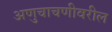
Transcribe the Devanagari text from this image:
अणुचाचणीवरील